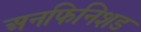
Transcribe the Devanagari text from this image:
अनफिनिशड